Report on sanitation, dispensaries, and jails in Rajputana for 1917, and on vaccination for the year 1917-1918 - 1917-1918
Year: 1917
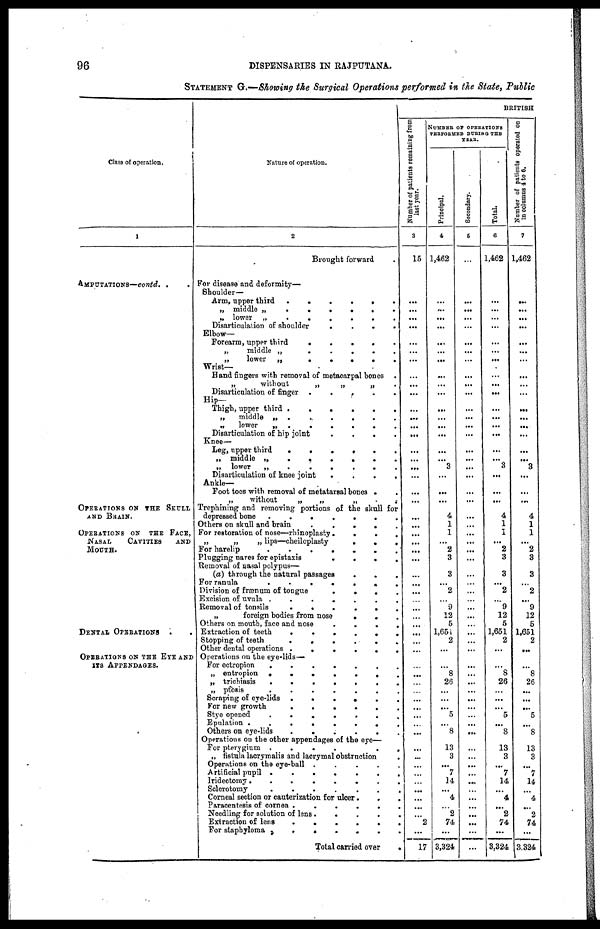
96
DISPENSARIES IN RAJPUTANA.
STATEMENT G.—Showing the Surgical Operations performed in the State, Public
Class of operation.
1
AMPUTATIONS—contd. ..
OPERATIONS ON THE SKULL
AND BRAIN.
OPERATIONS ON THE FACE,
NASAL
CAVITIES
AND
MOUTH.
DENTAL OPERATIONS ..
OPERATIONS ON THE EYE AND
ITS APPENDAGES.
Nature of operation.
2
Brought forward .
For disease and deformity—
Shoulder—
Arm, upper third
......
„ middle „
......
„ lower „
......
Disarticulation of shoulder
.
.
.
.
Elbow—
Forearm, upper third
.
.
.
.
.
„
middle „
.
.
.
.
.
„
lower
„
.
.
.
.
.
Wrist—
Hand fingers with removal of metacarpal bones .
„
without
„
„
„ .
Disarticulation of finger .
.
.
.
.
Hip—
Thigh, upper third
......
„
middle „
......
„
lower
.......
Disarticulation of hip joint
.
.
.
.
Knee—
Leg, upper third
......
„ middle „
......
„ lower
„
.
.
.
.
.
Disarticulation of knee joint
.
.
.
.
Ankle—
Foot toes with removal of metatarsal bones ..
„
without
„
„
„
..
Trephining and removing portions of the skull for
depressed bone
.......
Others on skull and brain
.
.
.
.
.
For restoration of nose—rhinoplasty....
„
„
„ lips—cheiloplasty
.
.
.
For harelip
.......
Plugging nares for epistaxis
.
.
.
.
Removal of nasal polypus—
(a) through the natural passages
.
.
.
For ranula
.......
Division of frænum of tongue
.
.
.
.
Excision of uvula
.......
Removal of tonsils
......
„
foreign bodies from nose
...
Others on mouth, face and nose
.
.
.
.
Extraction of teeth
......
Stopping of teeth
......
Other dental operations
......
Operations on the eye-lids—
For ectropion
.......
„ entropion
.......
„ trichiasis
.......
„ ptosis
.......
Scraping of eye-lids
......
For new growth
......
Stye opened
.......
Epulation
........
Others on eye-lids
......
Operations on the other appendages of the eye—
For pterygium
......
„ fistula lacrymalis and lacrymal obstrnction
.
Operations on the eye-ball
.
.
.
.
Artificial pupil
......
Iridectomy.......
Sclerotomy
.......
Corneal section or cauterization for ulcer...
Paracentesis of cornea ......
Needling for solution of lens .....
Extraction of lens
......
For staphyloma .......
Total carried over
BRITISH
Number of patients remaining from
last year.
3
15
...
...
...
...
...
...
...
...
...
...
...
...
... ...
...
...
...
...
...
...
...
...
...
...
...
...
...
...
...
...
...
...
...
...
...
...
...
...
...
...
...
...
...
...
...
...
...
...
...
...
...
...
...
2
...
17
NUMBER OF OPERATIONS
PERFORMED DURING THE
YEAR.
Principal.
4
1,462
...
...
...
...
...
...
...
...
...
...
...
...
...
...
...
... 3
...
...
...
4
1
1
...
2
3
3
...
2
...
9
12
5
1,651
2
...
...
8
26
...
...
...
5
...
8
13
3
...
7
14
...
4
...
2
74
...
3,324
Secondary.
5
...
...
...
...
...
...
...
...
...
...
...
...
...
...
...
...
...
...
...
...
...
...
...
...
...
...
...
...
...
...
...
...
...
...
...
...
...
...
...
...
...
...
...
...
...
...
...
...
...
...
...
...
...
...
...
...
...
...
Total.
6
1,462
...
...
...
...
...
...
...
...
...
...
...
...
...
...
...
...
3
...
...
...
4
1
1
...
2
3
3
...
2
...
9
12
5
1,651
2
...
...
8
26
...
...
...
5
...
8
13
3
...
7
14
...
4
...
2
74
...
3,324
Number of patients operated on
in columns 4 to 6.
7
1,462
...
...
...
...
...
...
...
...
...
...
...
...
... ...
...
... 3
...
...
...
4
1
1
...
2
3
3
...
2
...
9
12
5
1,651
2
...
...
8
26
...
...
...
5
...
8
13
3
...
7
14
...
4
...
2
74
...
3,324